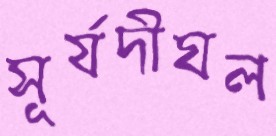
সূর্যদীঘল